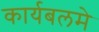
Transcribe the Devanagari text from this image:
कार्यबलमे